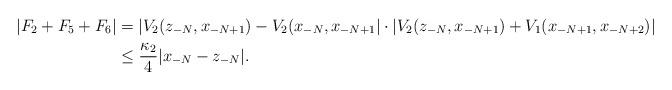
LaTeX: \begin{align*}|F_2+F_5+F_6| & = |V_2(z_{-N},x_{-N+1})-V_2(x_{-N},x_{-N+1}|\cdot |V_2(z_{-N},x_{-N+1})+V_1(x_{-N+1},x_{-N+2})|\\ & \leq \frac{\kappa_2}{4}|x_{-N}-z_{-N}|.\end{align*}